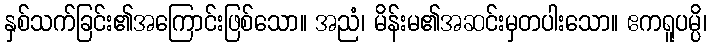
နှစ်သက်ခြင်း၏အကြောင်းဖြစ်သော။ အညံ၊ မိန်းမ၏အဆင်းမှတပါးသော။ ဧကရူပမ္ပိ၊